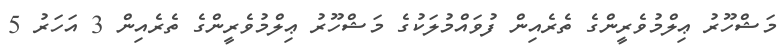
މަޝްހޫރު ޢިލްމުވެރީންގެ ތެރެއިން ފުވައްމުލަކުގެ މަޝްހޫރު ޢިލްމުވެރީންގެ ތެރެއިން 3 އަހަރު 5